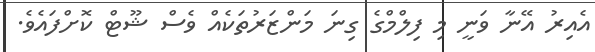
އެއިރު އޭނާ ވަނީ މި ފިލްމްގެ ގިނަ މަންޒަރުތަކެއް ވެސް ޝޫޓް ކޮށްފައެވެ.